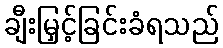
ချီးမြှင့်ခြင်းခံရသည်